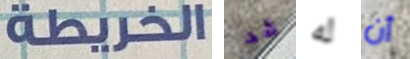
الخريطة قد له أن